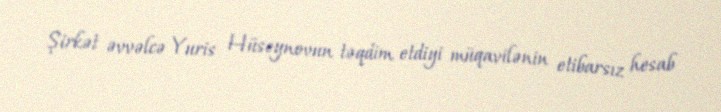
Şirkət əvvəlcə Yuris Hüseynovun təqdim etdiyi müqavilənin etibarsız hesab